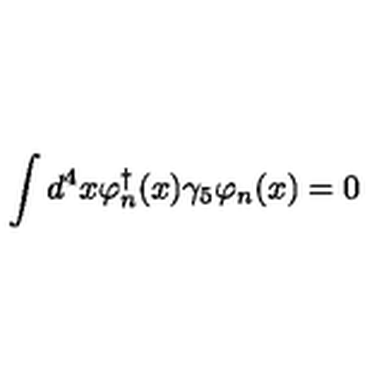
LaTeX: \int d ^ { 4 } x \varphi _ { n } ^ { \dagger } ( x ) \gamma _ { 5 } \varphi _ { n } ( x ) = 0